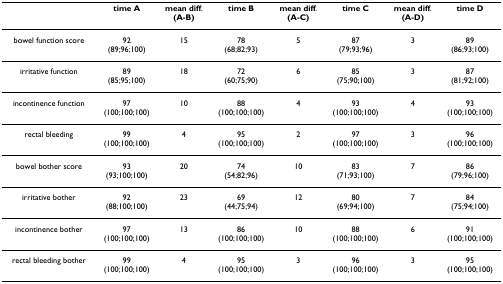
|  | time A | mean diff.(A-B) | time B | mean diff.(A-C) | time C | mean diff.(A-D) | time D |
 | --- | --- | --- | --- | --- | --- | --- | --- |
 | bowel function score | 92(89;96;100) | 15 | 78(68;82;93) | 5 | 87(79;93;96) | 3 | 89(86;93;100) |
 | irritative function | 89(85;95;100) | 18 | 72(60;75;90) | 6 | 85(75;90;100) | 3 | 87(81;92;100) |
 | incontinence function | 97(100;100;100) | 10 | 88(100;100;100) | 4 | 93(100;100;100) | 4 | 93(100;100;100) |
 | rectal bleeding | 99(100;100;100) | 4 | 95(100;100;100) | 2 | 97(100;100;100) | 3 | 96(100;100;100) |
 | bowel bother score | 93(93;100;100) | 20 | 74(54;82;96) | 10 | 83(71;93;100) | 7 | 86(79;96;100) |
 | irritative bother | 92(88;100;100) | 23 | 69(44;75;94) | 12 | 80(69;94;100) | 7 | 84(75;94;100) |
 | incontinence bother | 97(100;100;100) | 13 | 86(100;100;100) | 10 | 88(100;100;100) | 6 | 91(100;100;100) |
 | rectal bleeding bother | 99(100;100;100) | 4 | 95(100;100;100) | 3 | 96(100;100;100) | 3 | 95(100;100;100) |